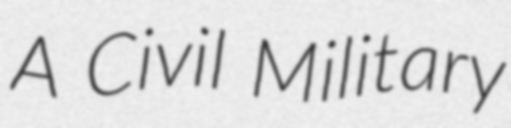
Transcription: A Civil Military